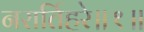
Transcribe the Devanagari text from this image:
नरार्तिहरे॥१॥